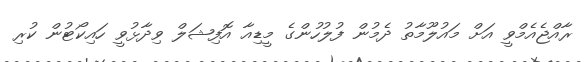
ރާއްޖެއެމްވީ އަށް މައުލޫމާތު ދެމުން ފުލުހުންގެ މީޑިއާ އޮފިޝަލް ވިދާޅުވީ ހައިކޯޓުން ކުރި